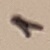
Text: 1